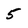
Character: 5